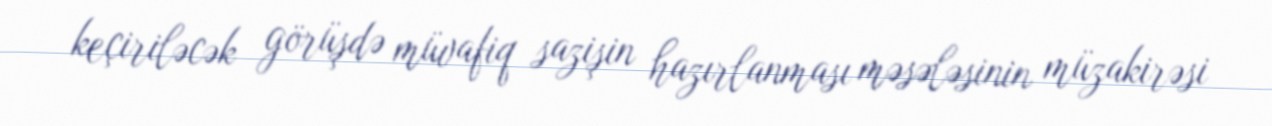
keçiriləcək görüşdə müvafiq sazişin hazırlanması məsələsinin müzakirəsi